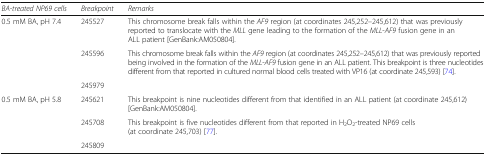
<table><thead><tr><td><b><i>BA-treated NP69 cells</i></b></td><td><b><i>Breakpoint</i></b></td><td><b><i>Remarks</i></b></td></tr></thead><tbody><tr><td rowspan="3">0.5 mM BA, pH 7.4</td><td>245527</td><td>This chromosome break falls within the <i>AF9</i> region (at coordinates 245,252–245,612) that was previously reported to translocate with the <i>MLL</i> gene leading to the formation of the <i>MLL</i>-<i>AF9</i> fusion gene in an ALL patient [GenBank:AM050804].</td></tr><tr><td>245596</td><td>This chromosome break falls within the <i>AF9</i> region (at coordinates 245,252–245,612) that was previously reported being involved in the formation of the <i>MLL</i>-<i>AF9</i> fusion gene in an ALL patient. This breakpoint is three nucleotides different from that reported in cultured normal blood cells treated with VP16 (at coordinate 245,593) [74].</td></tr><tr><td>245979</td><td>[EMPTY_CELL]</td></tr><tr><td rowspan="3">0.5 mM BA, pH 5.8</td><td>245621</td><td>This breakpoint is nine nucleotides different from that identified in an ALL patient (at coordinate 245,612) [GenBank:AM050804].</td></tr><tr><td>245708</td><td>This breakpoint is five nucleotides different from that reported in H<sub>2</sub>O<sub>2</sub>-treated NP69 cells (at coordinate 245,703) [77].</td></tr><tr><td>245809</td><td>[EMPTY_CELL]</td></tr></tbody></table>